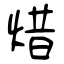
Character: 焟